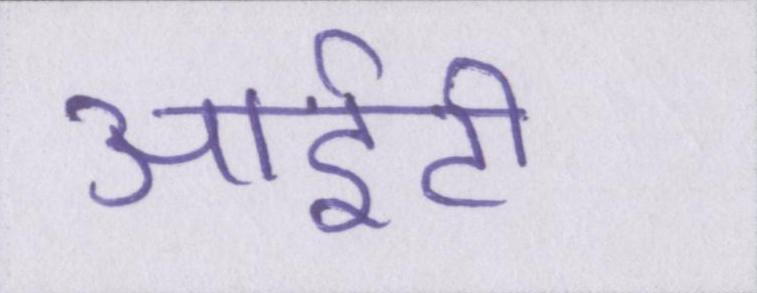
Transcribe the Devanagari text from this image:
आईटी